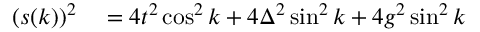
\begin{array} { r l } { ( s ( k ) ) ^ { 2 } } & { { } = 4 t ^ { 2 } \cos ^ { 2 } k + 4 \Delta ^ { 2 } \sin ^ { 2 } k + 4 g ^ { 2 } \sin ^ { 2 } k } \end{array}